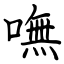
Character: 嘸